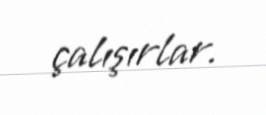
çalışırlar.